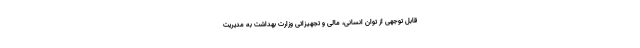
قابل توجهی از توان انسانی، مالی و تجهیزاتی وزارت بهداشت به مدیریت